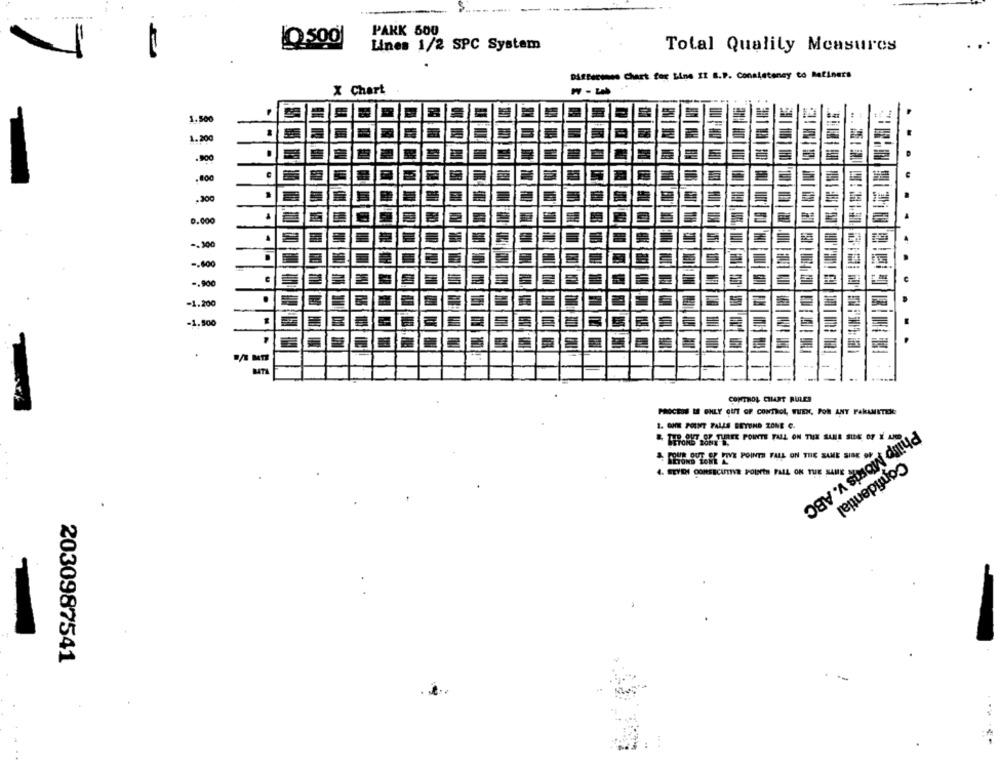
PARK 500
0.500
Lines 1/2 SPC System
Total Quality Measures
Differenne Chart for Line II B.P. Consistency to Refiners
X Chart
1.500
1.200
.900
.800
,200
0.000
-. 300
-. 600
-. 900
-1.200
-1,500
CONTROL CHART RULES
PROCESS LE OHLY OUT OF CONTROL, WHEN, POR ANT FAKAMITEK:
1. OHNE POINT FALLS BEYOND ZONE C.
UETORBY OPPURE POINTE FALL ON THE SAME SIDE OF X AND
& FOUS BUT. S FIVE POINTS FALL ON THE SAME SIDE OF
4. SEVEN CONSECUTIVE POINTS FALL ON TU
Confidential
Philip Morris v. ABC
2030987541
.. .